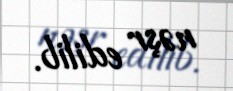
nəşr edilib.